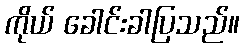
ကိုယ် ခေါင်းခါပြသည်။